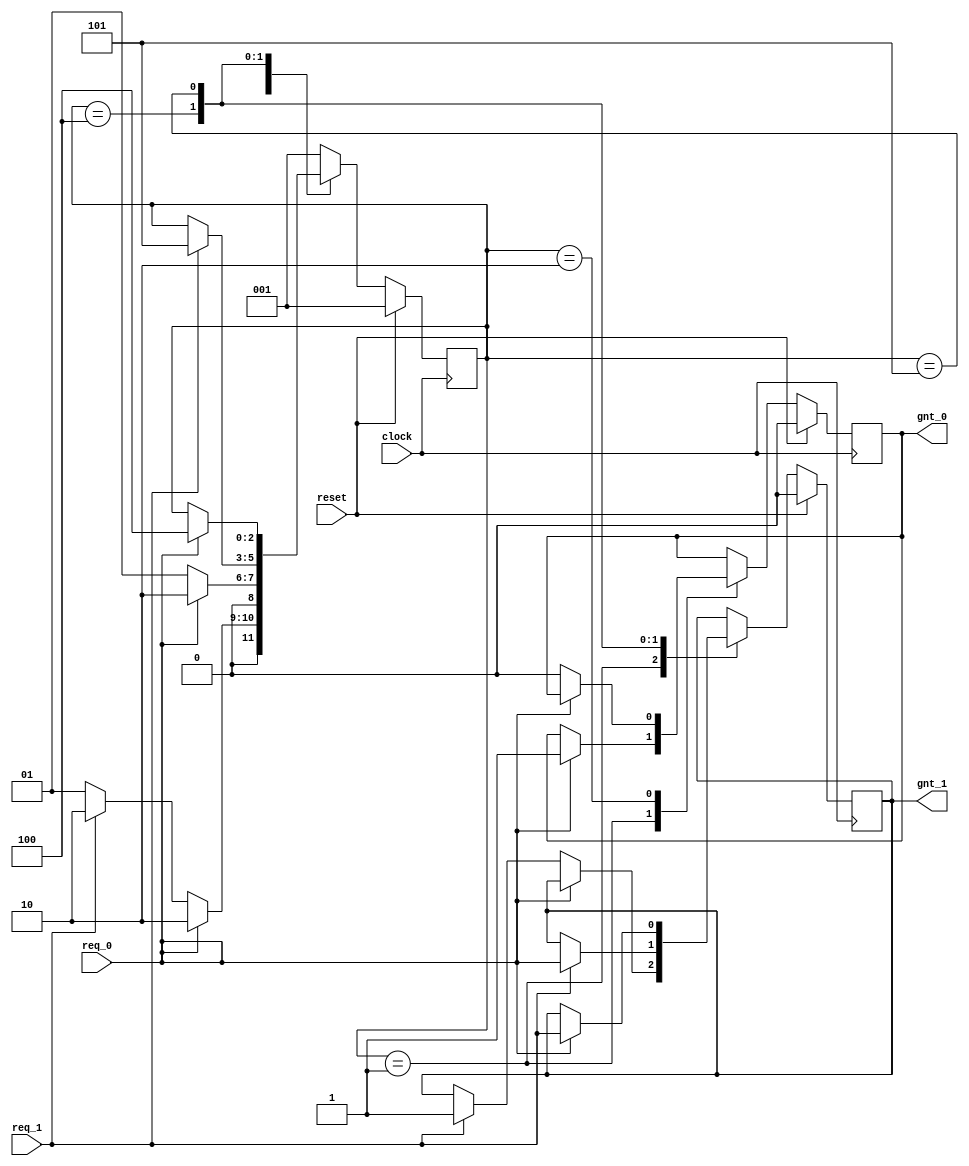
// Copyright 2020-2022 F4PGA Authors
//
// Licensed under the Apache License, Version 2.0 (the "License");
// you may not use this file except in compliance with the License.
// You may obtain a copy of the License at
//
//     http://www.apache.org/licenses/LICENSE-2.0
//
// Unless required by applicable law or agreed to in writing, software
// distributed under the License is distributed on an "AS IS" BASIS,
// WITHOUT WARRANTIES OR CONDITIONS OF ANY KIND, either express or implied.
// See the License for the specific language governing permissions and
// limitations under the License.
//
// SPDX-License-Identifier: Apache-2.0

module fsm (
    clock,
    reset,
    req_0,
    req_1,
    gnt_0,
    gnt_1
);
  input clock, reset, req_0, req_1;
  output gnt_0, gnt_1;
  wire clock, reset, req_0, req_1;
  reg gnt_0, gnt_1;

  parameter SIZE = 3;
  parameter IDLE = 3'b001;
  parameter GNT0 = 3'b010;
  parameter GNT1 = 3'b100;
  parameter GNT2 = 3'b101;

  reg [SIZE-1:0] state;
  reg [SIZE-1:0] next_state;

  always @(posedge clock) begin : FSM
    if (reset == 1'b1) begin
      state <= #1 IDLE;
      gnt_0 <= 0;
      gnt_1 <= 0;
    end else
      case (state)
        IDLE:
        if (req_0 == 1'b1) begin
          state <= #1 GNT0;
          gnt_0 <= 1;
        end else if (req_1 == 1'b1) begin
          gnt_1 <= 1;
          state <= #1 GNT0;
        end else begin
          state <= #1 IDLE;
        end
        GNT0:
        if (req_0 == 1'b1) begin
          state <= #1 GNT0;
        end else begin
          gnt_0 <= 0;
          state <= #1 IDLE;
        end
        GNT1:
        if (req_1 == 1'b1) begin
          state <= #1 GNT2;
          gnt_1 <= req_0;
        end
        GNT2:
        if (req_0 == 1'b1) begin
          state <= #1 GNT1;
          gnt_1 <= req_1;
        end
        default: state <= #1 IDLE;
      endcase
  end
endmodule